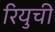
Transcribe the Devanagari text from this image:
रियुची